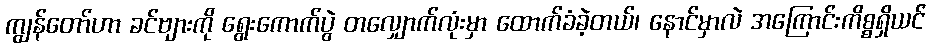
ကျွန်တော်ဟာ ခင်ဗျားကို ရွေးကောက်ပွဲ တလျှောက်လုံးမှာ ထောက်ခံခဲ့တယ်၊ နောင်မှာလဲ အကြောင်းကိစ္စရှိယင်